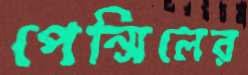
পেন্সিলের